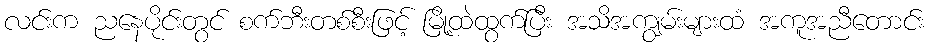
လင်းက ညနေပိုင်းတွင် စက်ဘီးတစ်စီးဖြင့် မြို့ထဲထွက်ပြီး အသိအကျွမ်းများထံ အကူအညီတောင်း